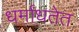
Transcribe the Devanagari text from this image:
धर्मांधतेत